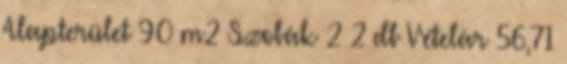
Alapterület 90 m2 Szobák 2 2 db Vételár 56,71